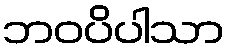
ဘဝပိပါသာ